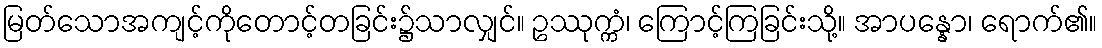
မြတ်သောအကျင့်ကိုတောင့်တခြင်း၌သာလျှင်။ ဥဿုက္ကံ၊ ကြောင့်ကြခြင်းသို့။ အာပန္နော၊ ရောက်၏။